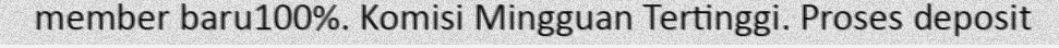
member baru100%. Komisi Mingguan Tertinggi. Proses deposit